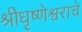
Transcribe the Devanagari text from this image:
श्रीधृष्णेश्वराचे